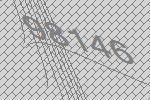
98146